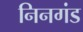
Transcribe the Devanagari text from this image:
निनगंड